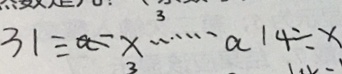
3 1 \div a - x \cdots a 1 4 \div x